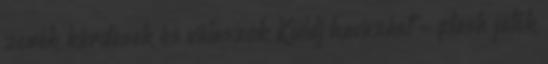
zenék kérdések és válaszok Küldj havazást - flash játék